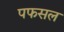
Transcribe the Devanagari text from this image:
पफसल